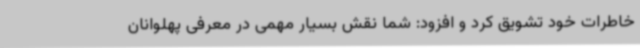
خاطرات خود تشویق کرد و افزود: شما نقش بسیار مهمی در معرفی پهلوانان